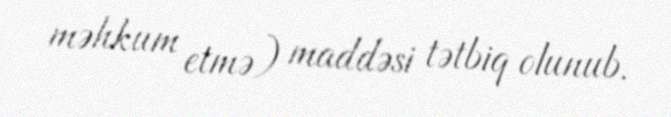
məhkum etmə) maddəsi tətbiq olunub.